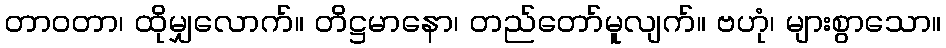
တာဝတာ၊ ထိုမျှလောက်။ တိဋ္ဌမာနော၊ တည်တော်မူလျက်။ ဗဟုံ၊ များစွာသော။